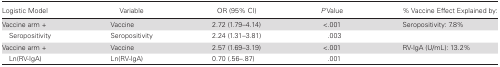
<table><thead><tr><td><b>Logistic Model</b></td><td><b>Variable</b></td><td><b>OR (95% CI)</b></td><td><b><i>P</i> Value</b></td><td><b>% Vaccine Effect Explained by:</b></td></tr></thead><tbody><tr><td>Vaccine arm +</td><td>Vaccine</td><td>2.72 (1.79–4.14)</td><td>&lt;.001</td><td>Seropositivity: 7.8%</td></tr><tr><td> Seropositivity</td><td>Seropositivity</td><td>2.24 (1.31–3.81)</td><td>.003</td><td></td></tr><tr><td>Vaccine arm +</td><td>Vaccine</td><td>2.57 (1.69–3.19)</td><td>&lt;.001</td><td>RV-IgA (U/mL): 13.2%</td></tr><tr><td> Ln(RV-IgA)</td><td>Ln(RV-IgA)</td><td>0.70 (.56–.87)</td><td>.001</td><td></td></tr></tbody></table>